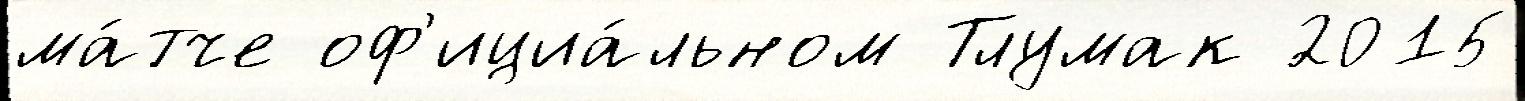
ма́тче оф'ициа́льном Тлумак 2015